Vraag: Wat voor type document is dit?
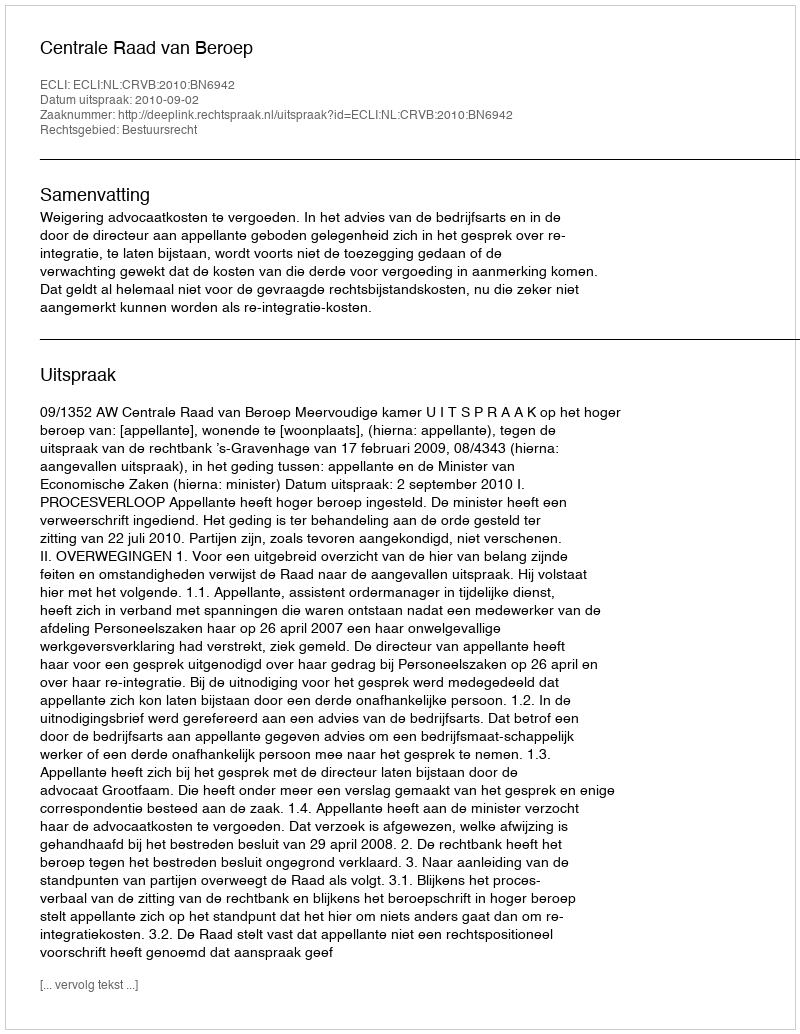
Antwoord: Uitspraak